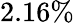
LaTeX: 2.16\%